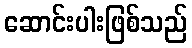
ဆောင်းပါးဖြစ်သည်